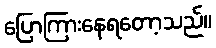
ပြောကြားနေရတော့သည်။